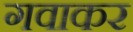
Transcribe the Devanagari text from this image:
गवाकर